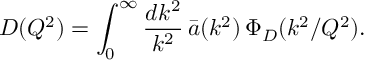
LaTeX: D ( Q ^ { 2 } ) = \int _ { 0 } ^ { \infty } { \frac { d k ^ { 2 } } { k ^ { 2 } } } \, \bar { a } ( k ^ { 2 } ) \, \Phi _ { D } ( k ^ { 2 } / Q ^ { 2 } ) .